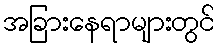
အခြားနေရာများတွင်